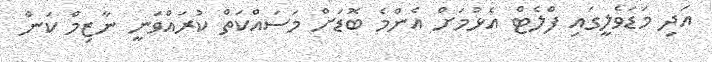
އަދި މަޑަވެލީގައި ފްލެޓް އެޅުމަށް އެންމެ ބޮޑަށް މަސައްކަތް ކުރައްވަނީ ނާޒިމް ކަން